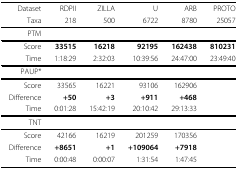
<table><thead><tr><td><b>Dataset</b></td><td><b>RDPII</b></td><td><b>ZILLA</b></td><td><b>U</b></td><td><b>ARB</b></td><td><b>PROTO</b></td></tr><tr><td><b>Taxa</b></td><td><b>218</b></td><td><b>500</b></td><td><b>6722</b></td><td><b>8780</b></td><td><b>25057</b></td></tr></thead><tbody><tr><td>PTM</td><td></td><td></td><td></td><td></td><td></td></tr><tr><td>Score</td><td><b>33515</b></td><td><b>16218</b></td><td><b>92195</b></td><td><b>162438</b></td><td><b>810231</b></td></tr><tr><td>Time</td><td>1:18:29</td><td>2:32:03</td><td>10:39:56</td><td>24:47:00</td><td>23:49:40</td></tr><tr><td>PAUP*</td><td></td><td></td><td></td><td></td><td></td></tr><tr><td>Score</td><td>33565</td><td>16221</td><td>93106</td><td>162906</td><td></td></tr><tr><td>Difference</td><td><b>+50</b></td><td><b>+3</b></td><td><b>+911</b></td><td><b>+468</b></td><td></td></tr><tr><td>Time</td><td>0:01:28</td><td>15:42:19</td><td>20:10:42</td><td>29:13:33</td><td></td></tr><tr><td>TNT</td><td></td><td></td><td></td><td></td><td></td></tr><tr><td>Score</td><td>42166</td><td>16219</td><td>201259</td><td>170356</td><td></td></tr><tr><td>Difference</td><td><b>+8651</b></td><td><b>+1</b></td><td><b>+109064</b></td><td><b>+7918</b></td><td></td></tr><tr><td>Time</td><td>0:00:48</td><td>0:00:07</td><td>1:31:54</td><td>1:47:45</td><td></td></tr></tbody></table>